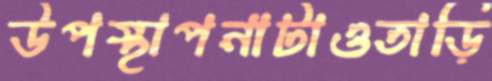
উপস্থাপনাটাওতাড়ি